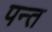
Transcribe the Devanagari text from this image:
पन्‍त